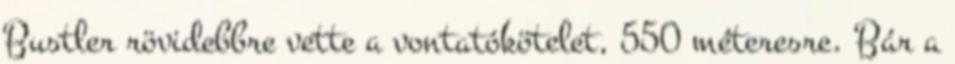
Bustler rövidebbre vette a vontatókötelet, 550 méteresre. Bár a